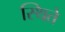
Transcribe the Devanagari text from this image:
स्थिते